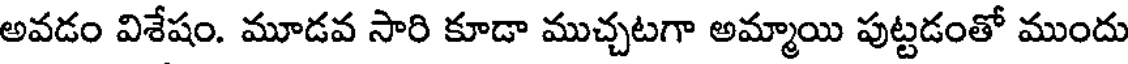
అవడం విశేషం. మూడవ సారి కూడా ముచ్చటగా అమ్మాయి పుట్టడంతో ముందు